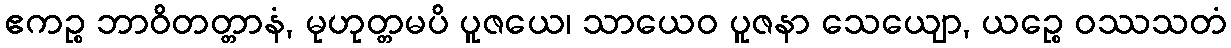
ဧကဉ္စ ဘာဝိတတ္တာနံ, မုဟုတ္တမပိ ပူဇယေ၊ သာယေဝ ပူဇနာ သေယျော, ယဉ္စေ ဝဿသတံ